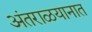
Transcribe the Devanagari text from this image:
अंतराळयानात